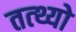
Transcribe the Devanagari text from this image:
तत्थ्यो